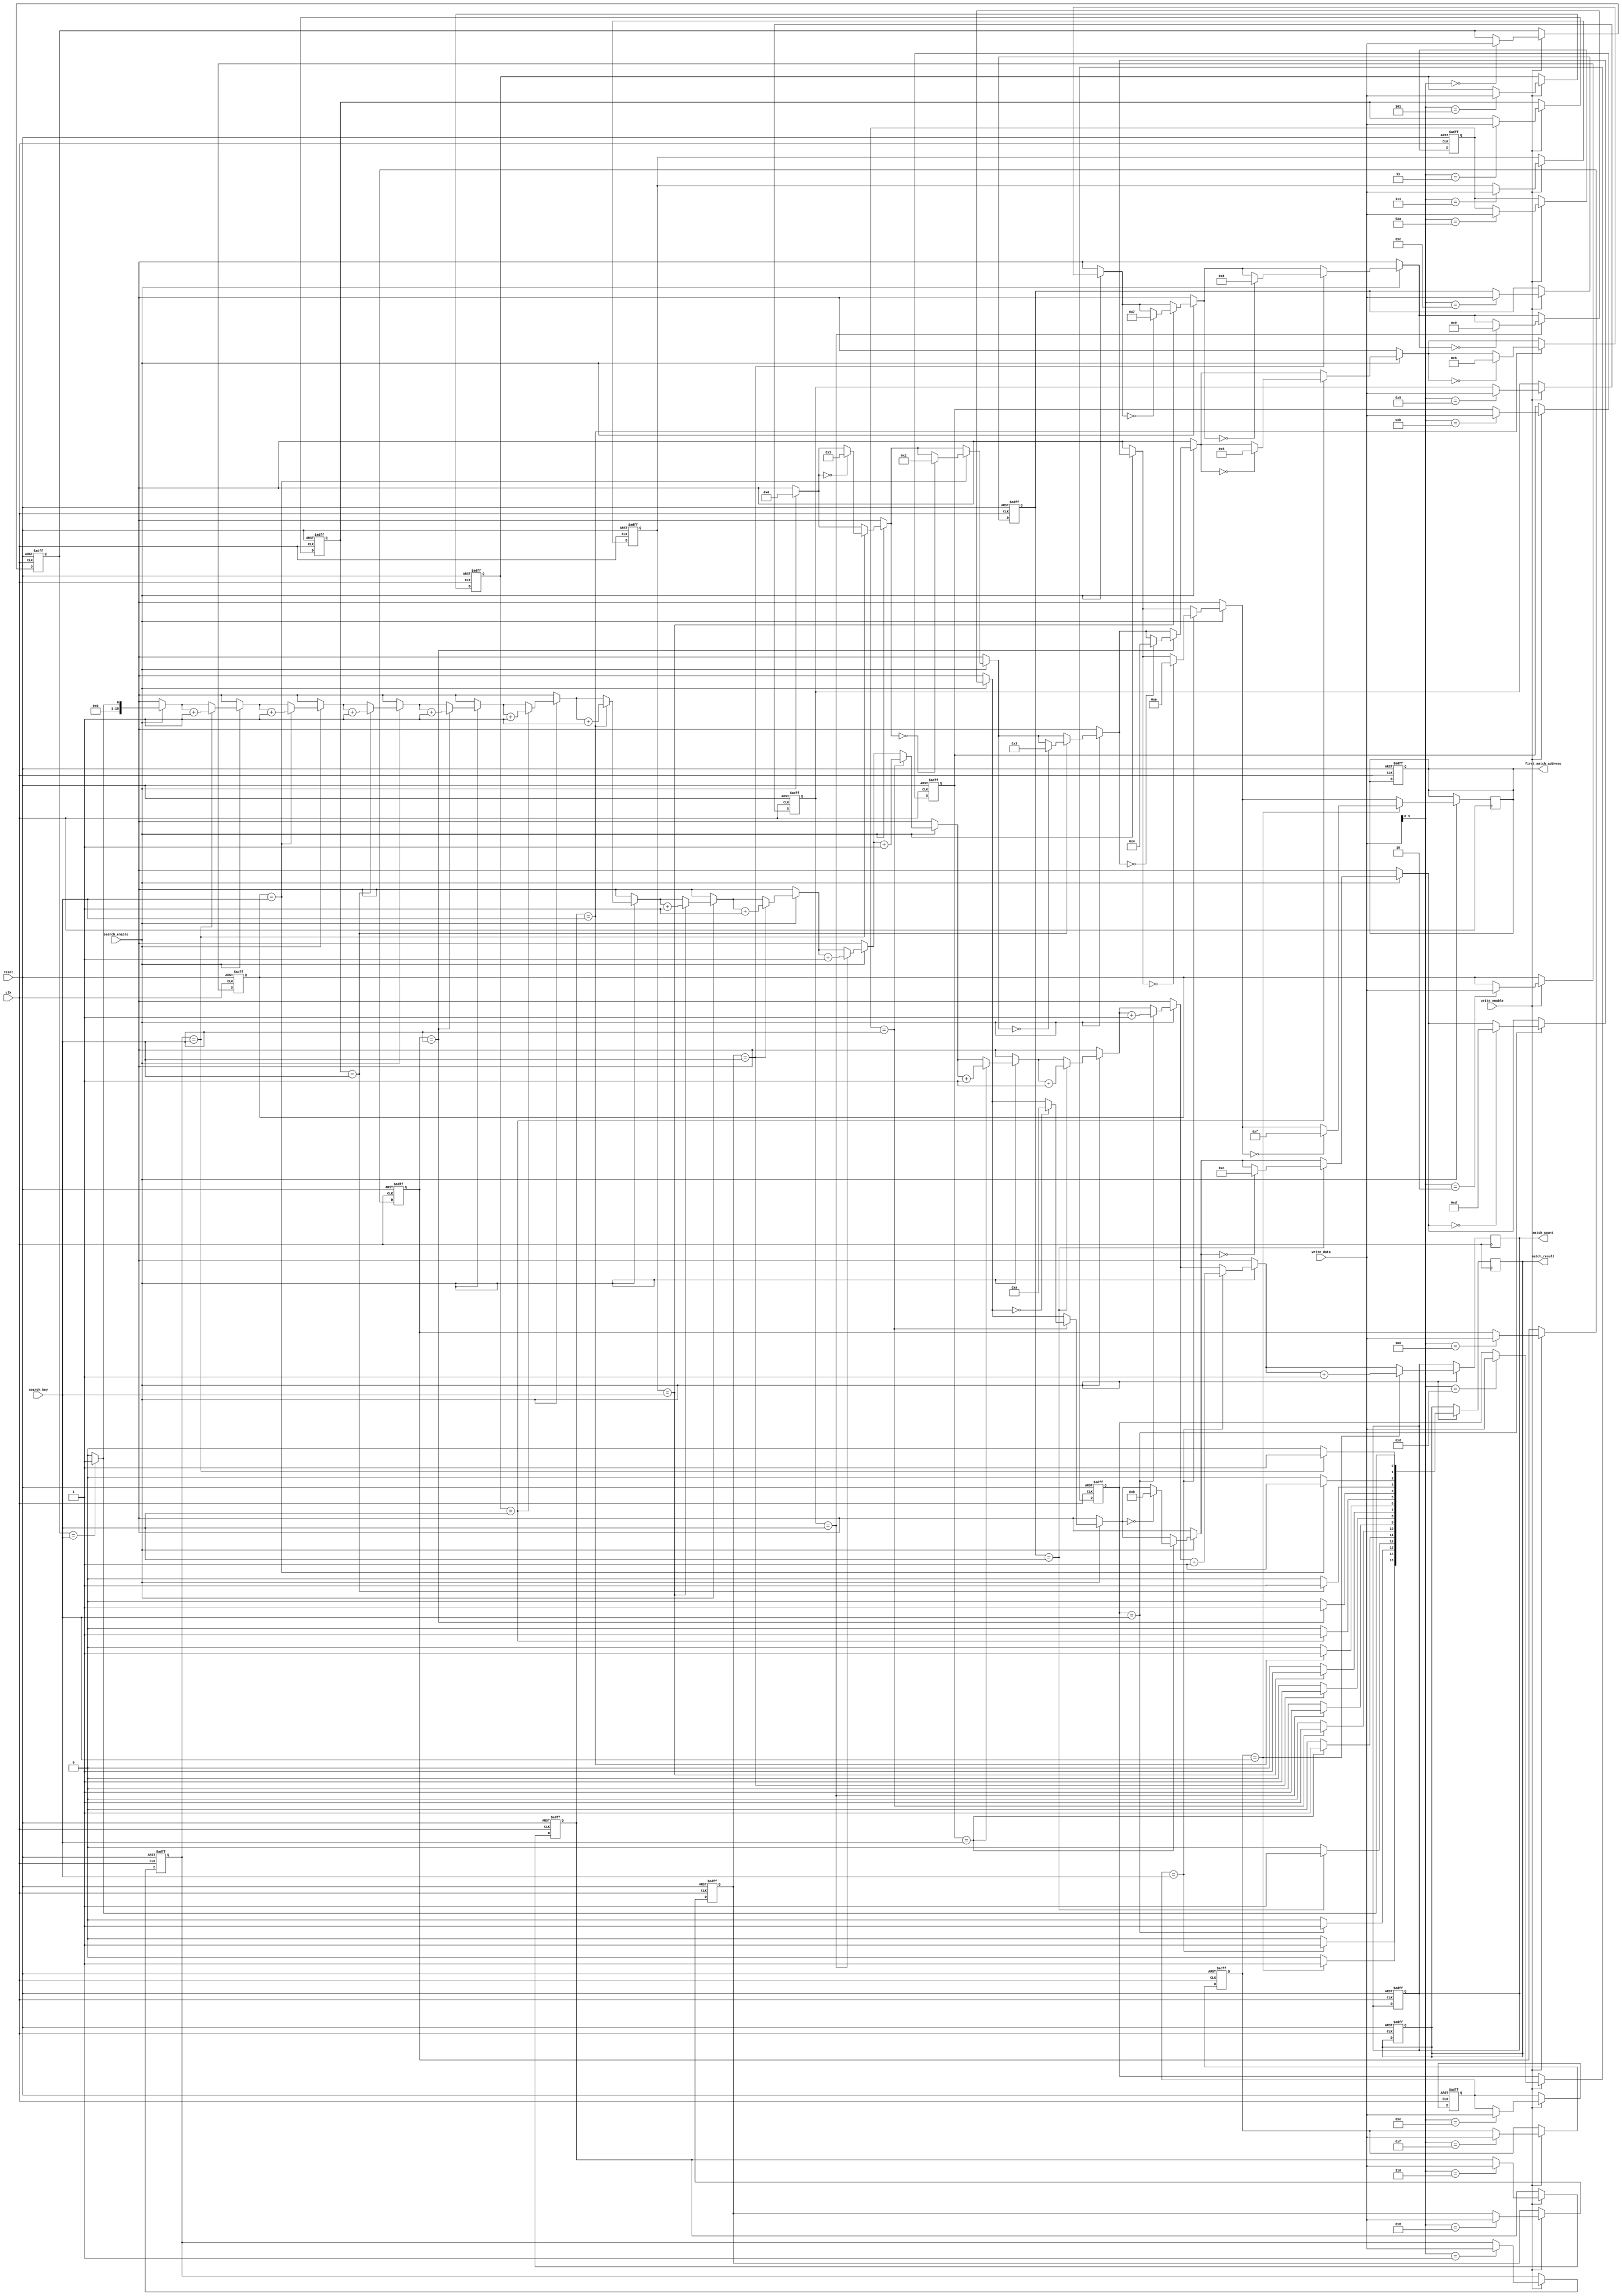
module BCAM #(
    parameter N = 16, // Number of entries
    parameter W = 8    // Width of each entry
)(
    input wire clk,
    input wire reset,
    input wire write_enable,
    input wire [W-1:0] write_data,
    input wire [W-1:0] search_key,
    input wire search_enable,
    output reg [N-1:0] match_result,
    output reg [N-1:0] match_count,
    output reg [N-1:0] first_match_address
);

    // Memory array
    reg [W-1:0] memory [0:N-1];

    // Internal signals
    reg [N-1:0] match_signals;
    integer i;

    // Reset and Write Logic
    always @(posedge clk or posedge reset) begin
        if (reset) begin
            // Clear memory and outputs
            for (i = 0; i < N; i = i + 1) begin
                memory[i] <= {W{1'b0}};
            end
            match_result <= {N{1'b0}};
            match_count <= {N{1'b0}};
            first_match_address <= {N{1'b0}};
        end else if (write_enable) begin
            // Write data to memory
            memory[write_data[W-1:0]] <= write_data;
        end
    end

    // Search Logic
    always @(posedge clk) begin
        if (search_enable) begin
            match_signals = {N{1'b0}};
            match_count = 0;
            first_match_address = {N{1'b0}};
            
            // Compare search key with each entry
            for (i = 0; i < N; i = i + 1) begin
                if (memory[i] == search_key) begin
                    match_signals[i] = 1'b1;
                    match_count = match_count + 1;
                    if (first_match_address == {N{1'b0}}) begin
                        first_match_address = i;
                    end
                end
            end
            
            match_result <= match_signals;
        end
    end

endmodule